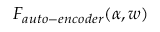
F _ { a u t o - e n c o d e r } ( \alpha , w )